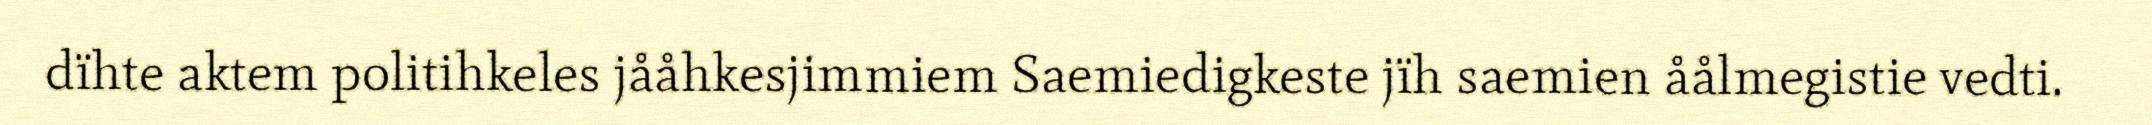
dïhte aktem politihkeles jååhkesjimmiem Saemiedigkeste jïh saemien åålmegistie vedti.